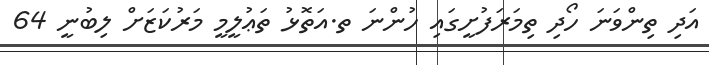
އަދި ތިންވަނަ ހޯދި ތިމަރަފުށީގައި ހުންނަ ތ.އަތޮޅު ތަޢުލީމީ މަރުކަޒަށް ލިބުނީ 64